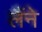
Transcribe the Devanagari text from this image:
लैंने